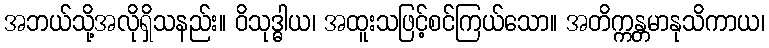
အဘယ်သို့အလိုရှိသနည်း။ ဝိသုဒ္ဓါယ၊ အထူးသဖြင့်စင်ကြယ်သော။ အတိက္ကန္တမာနုသိကာယ၊